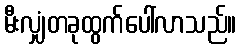
မီးလျှံတခုထွက်ပေါ်လာသည်။